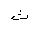
Letter: _tha